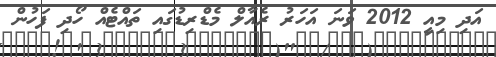
އަދި މިއީ 2012 ވަނަ އަހަރު ރެއާލް މެޑްރިޑުގައި ތައްޓެއް ހޯދި ފަހުން